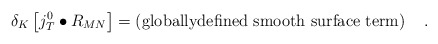
\begin{align*}\delta _K\left[ j_T^0\bullet R_{MN}\right] =\left( \mbox{globallydefined smooth surface term}\right) \quad .\end{align*}